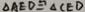
\Delta A E D \cong \Delta C E D